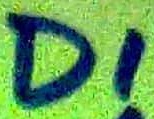
Text: D1